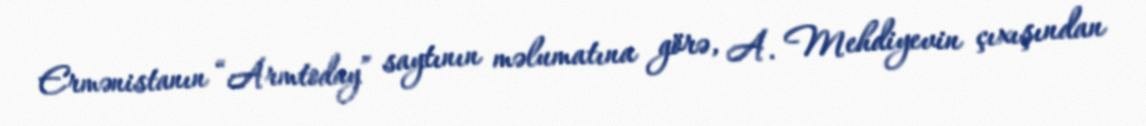
Ermənistanın “Armtoday” saytının məlumatına görə, A. Mehdiyevin çıxışından